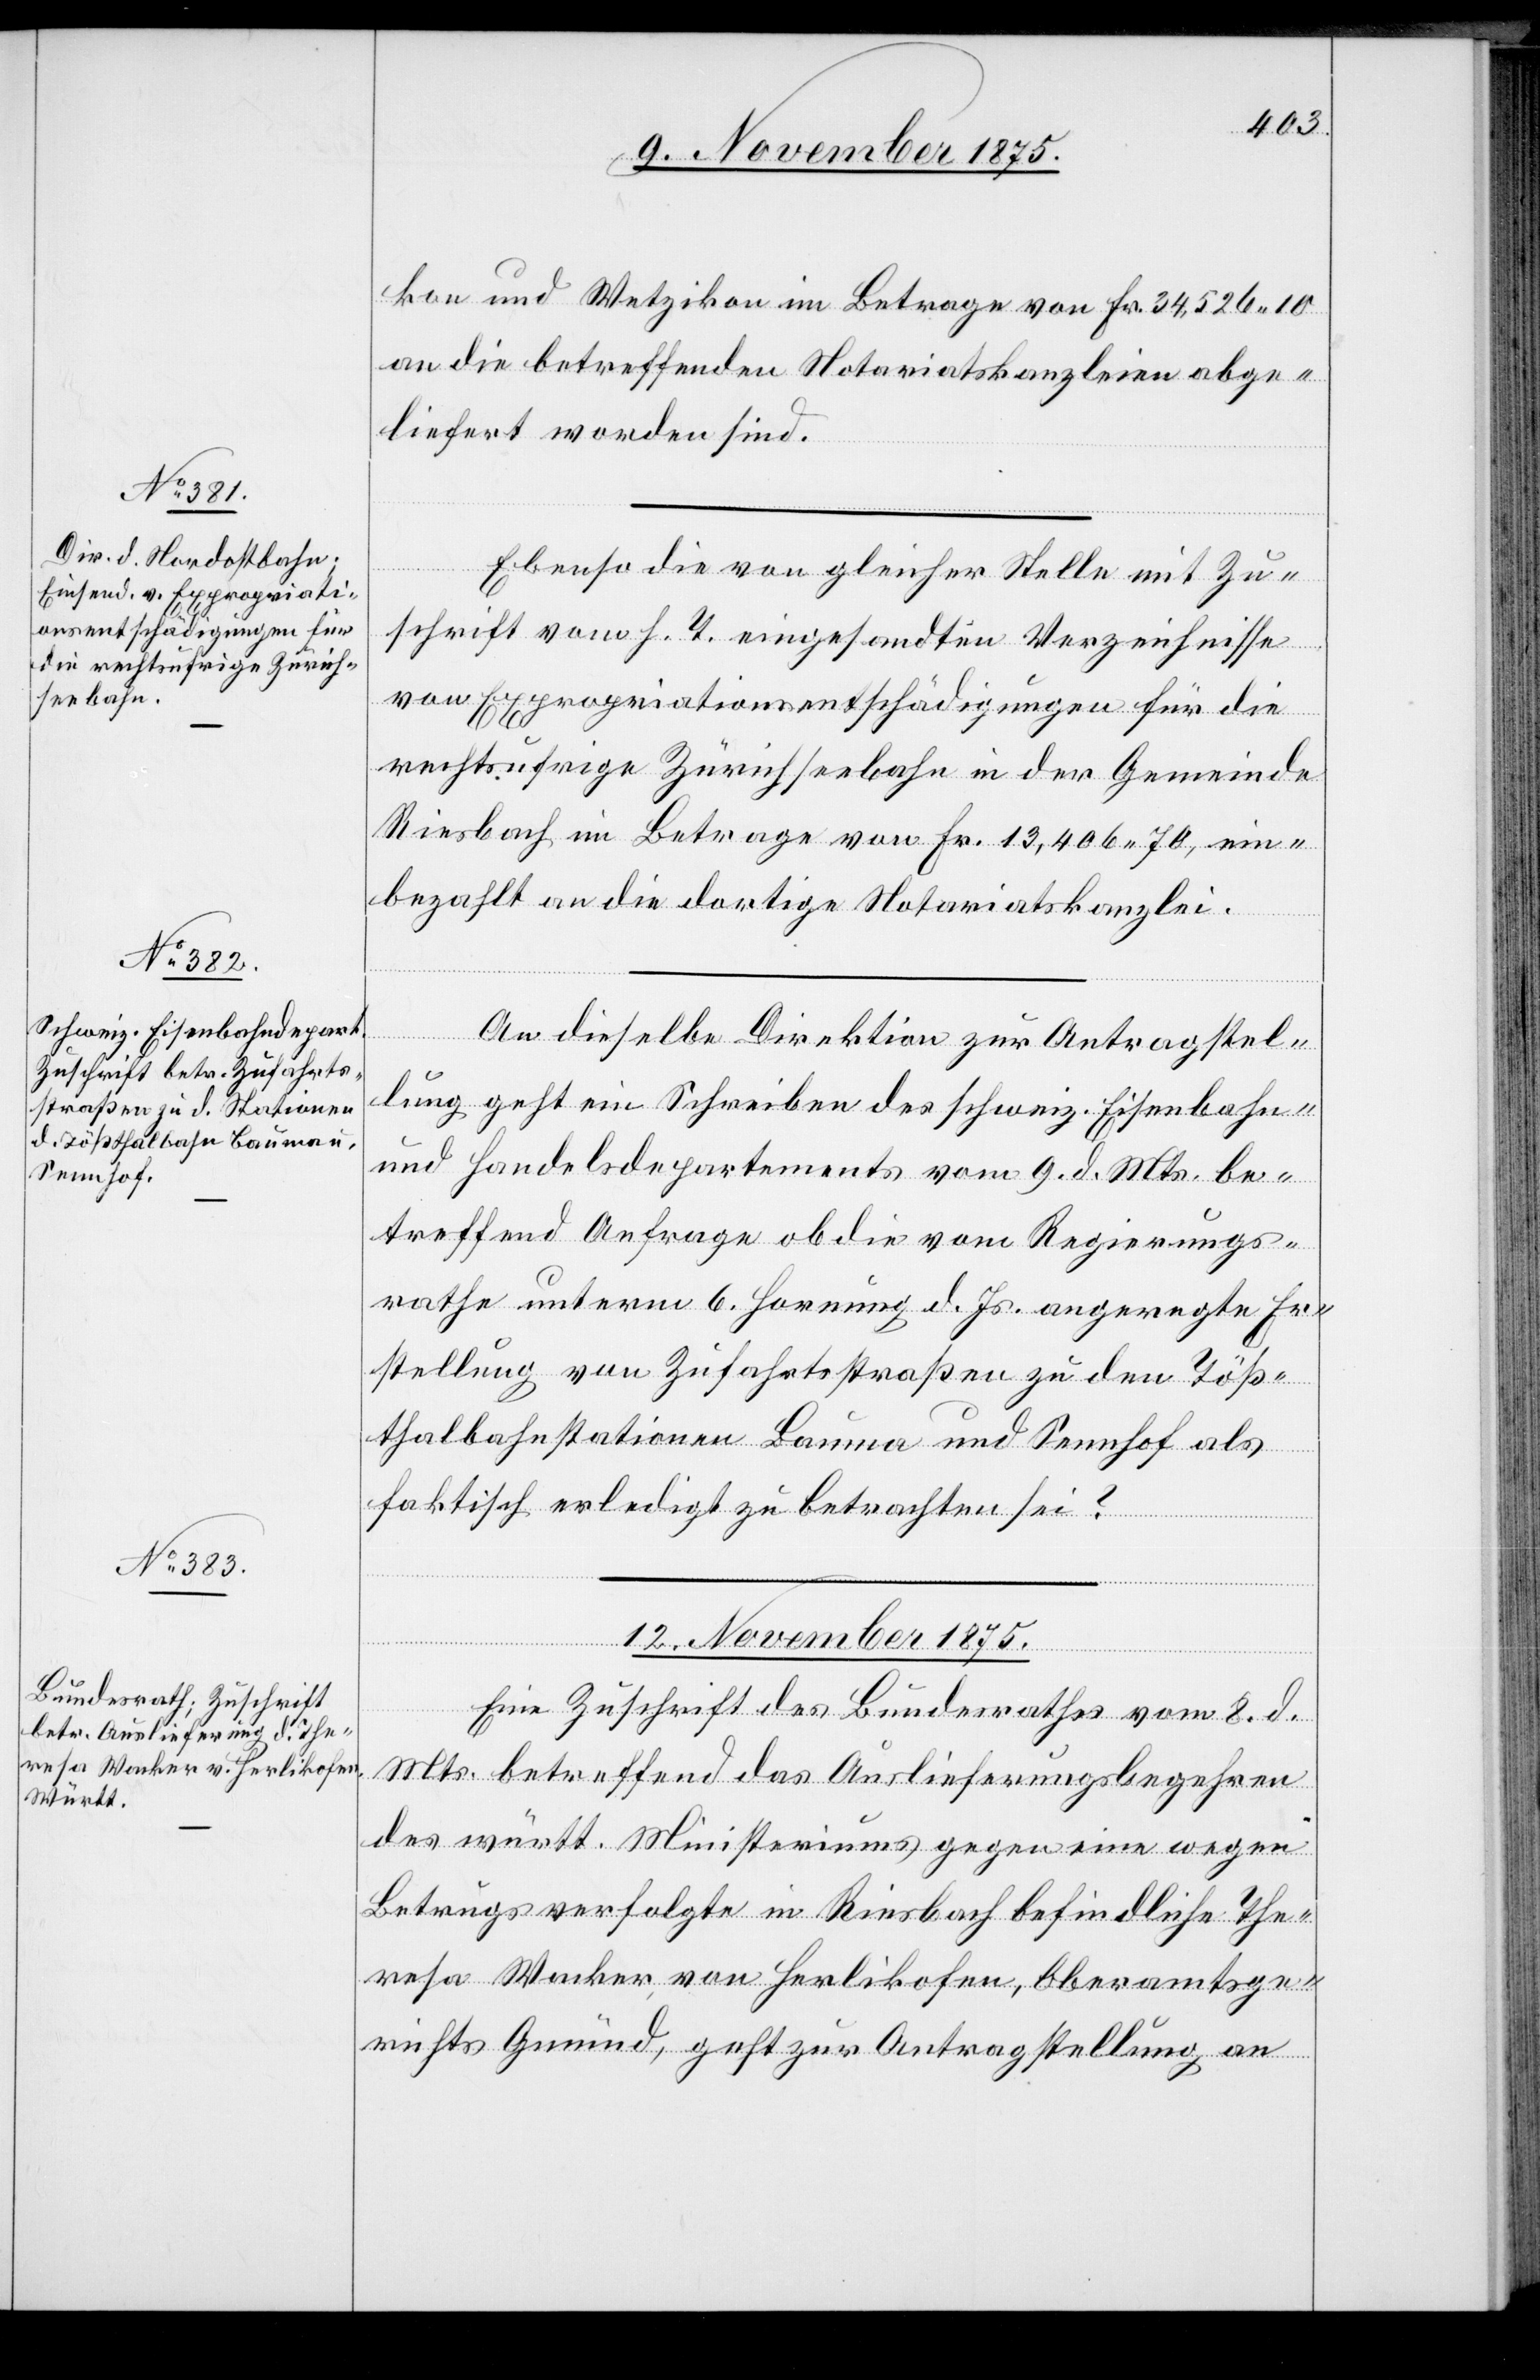
11. November 1875.]
kon und Wetzikon im Betrage von Fr. 34,526 10
an die betreffenden Notariatskanzleien abge¬
liefert worden sind.
Ebenso die von gleicher Stelle mit Zu¬
schrift vom h. T. eingesandten Verzeichnisse
von Expropriationsentschädigungen für die
rechtsufrige Zürichseebahn in der Gemeinde
Riesbach im Betrage von Fr. 13,406 70, ein¬
bezahlt an die dortige Notariatskanzlei.
An dieselbe Direktion zur Antragstel¬
lung geht ein Schreiben des schweiz. Eisenbahn-
und Handelsdepartement vom 9. d. Mts. be¬
treffend Anfrage ob die vom Regierungs¬
rathe unterm 6. Hornung d. Js. angeregte Er¬
stellung von Zufahrtsstraßen zu den Töß¬
thalbahnstationen Bauma und Sennhof als
faktisch erledigt zu betrachten sei?
12. November 1875.
Eine Zuschrift des Bundesrathes vom 8. d.
Mts. betreffend das Auslieferungsbegehren
des württ. Ministeriums gegen eine wegen
Betrugs verfolgte in Riesbach befindliche The¬
resa Wacker von Herlikofen, Oberamtsge¬
richts Gmünd, geht zur Antragstellung an